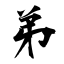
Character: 弟